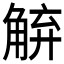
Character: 𮗱